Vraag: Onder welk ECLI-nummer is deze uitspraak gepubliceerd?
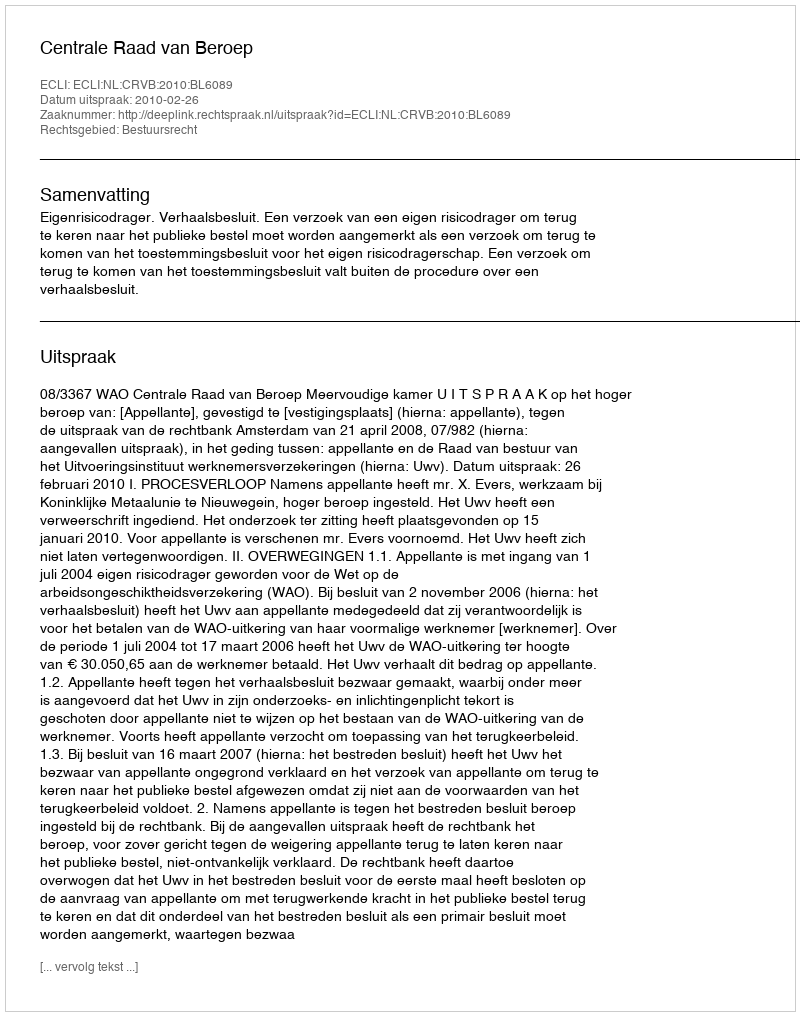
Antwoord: ECLI:NL:CRVB:2010:BL6089